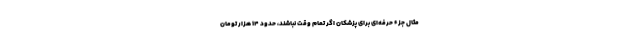
مثال جزء حرفه‌ای برای پزشکان اگر تمام وقت نباشند، حدود ۱۴ هزار تومان